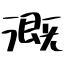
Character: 漑